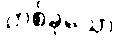
တစ်ခုသော